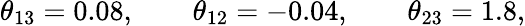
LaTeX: \theta_{13}=0.08,\qquad\theta_{12}=-0.04,\qquad\theta_{23}=1.8,